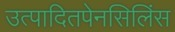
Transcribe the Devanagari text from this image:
उत्पादितपेनसिलिंस